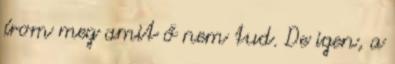
írom meg amit ő nem tud. De igen, a